Bombay plague: being a history of the progress of plague in the Bombay presidency from September 1896 to June 1899
Year: 1896
Disease focus: Plague
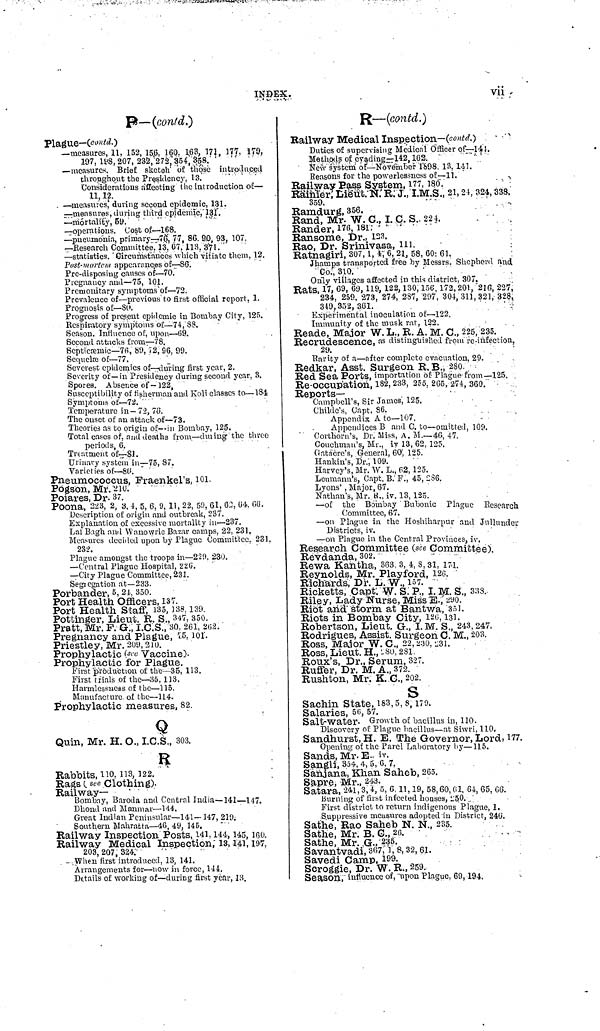
INDEX.
vii
P—(contd.)
Plague—(contd.)
—measures, 11, 152, 15.6. 160. 163, 171, 177, 179,
197, 198, 207, 232, 272, 354, 358.
—measures. Brief sketch of those introduced
throughout the Presidency, 13.
Considerations affecting the introduction of—
11, 12.
—measures, during second epidemic, 131.
—measures, during third epidemic, 131.
—mortality,
59.
—operations. Cost of—168.
—pneumonia, primary—76, 77, 86, 90, 93, 107,
—Research Committee. 13, 67, 113, 371.
—statistics. Circumstances which vitiate them, 12.
Post-mortem appearances of—86.
Pre-disposing causes of—70.
Pregnancy and—75, 101.
Premonitary symptoms of—72.
Prevalence of—previous to first official report. 1.
Prognosis of—80.
Progress of present epidemic in Bombay City, 125.
Respiratory symptoms of—74,
83.
Season. Influence of, upon—69.
Second attacks from—78.
Septicæmic—76, 89, 72, 66. 99.
Sequelæ of—77.
Severest epidemics of-during first year, 2.
Severity of—in Presidency during second year. 3.
Spores. Absence of— 122,
Susceptibility of fisherman and Koli classes to—184
Symptoms
of—72.
Temperature in—72, 78.
The onset of an attack of—73.
Theories as to origin of—in Bombay, 125.
Total cases of, and deaths from—during the three
periods, 6.
Treatment of—81.
Urinary system in—75, 87.
Varieties of—86.
Pneumococcus, Fraenkels, 101.
Pogson, Mr.
210.
Poiares, Dr. 37.
Poona, 223, 2, 3, 4, 5, 6, 9, 11, 22, 59, 61, 62, 64, 66.
Description of origin and outbreak, 237.
Explanation of excessive mortality in—237.
Lai Bagh and Wanowric Bazar camps, 22, 231,
Measures decided upon by Plague Committee, 231.
232.
Plague amongst the troops in—229. 230.
—Central Plague Hospital, 226.
—City Plague Committee, 231.
Segregation at—233.
Porbander, 5, 24, 350.
Port Health Officers, 137.
Port Health Staff, 135, 138, 139.
Pottinger, Lieut. R. S., 347, 350.
Pratt, Mr. F. G.; I.C.S., 30. 261, 262.
Pregnancy and Plague, 25, 101.
Priestley, Mr. 209, 210.
Prophylactic (see Vaccine).
Prophylactic for Plague.
First production of the—35, 113.
First trials of the—35. 113.
Harmlcssuess of the—115.
Manufacture of the—114.
Prophylactic measures, 82.
Q
Quin, Mr. H. O., I.C.S., 303.
R
Rabbits, 110, 113, 122.
Rags ( see Clothing).
Railway-
Bombay, Baroda and Central India—141—147.
Dhoud and Manmar—114.
Great Indian Peninsular—141— 147, 219.
Southern Mahratta—46, 49, 145.
Railway Inspection Posts, 141, 144, 145, 160.
Railway Medical Inspection; 13, 141, 197.
203, 207, 324:
-When first introduced, 13, 141.
Arrangements for—now in force, 144.
Details of working of—during first year, 13.
R—(contd.)
Railway Medical
Inspection—(contd.)
Duties of supervising Medical Officer of—141.
Methods of
evading—142,
162.
New system of—November 1898,13, 141.
Reasons for the powerlessness
of—11.
Railway Pass System,
177,
180.
Rainier, Lieut. N.R. J., I.M.S., 21, 21, 324, 338,
359.
Ramdurg, 356.
Rand, Mr. W. C., I. C. S.
224.
Rander,
176,
181.
Ransome, Dr., 123.
Rao, Dr. Srinivasa,
111.
Ratnagiri, 307, 1, 4, 6, 21, 58, 60, 61.
Jhamps transported free by Messrs. Shepherd and
Co.,
310.
Only villages affected in this district. 307.
Rats, 17, 69, 69, 119, 122, 130, 156, 172, 201, 216, 227,
234, 259, 273, 274, 287, 297, 304, 311, 321, 328,
349, 352,
361.
Experimental inoculation of—122.
Immunity of the musk rat, 122.
Reade, Major W. L., R. A. M. C., 225, 235.
Recrudescence, as distinguished from re-infection,
29.
Rarity of a—after complete evacuation, 29.
Redkar, Asst. Surgeon R. B., 280.
Red Sea Ports, importation of- Plague from—125.
Re-occupation, 182, 233, 255, 265, 274, 360.
Reports—
Campbell's, Sir James, 125.
Childe's, Capt. 86.
Appendix A to—107.
Appendices B and C. to—omitted, 109.
Corthorn's, Dr. Miss, A. M.—46, 47.
Couchman's, Mr., iv 13, 62, 125.
Gatacre's, General, 60, 125.
Hankin's, Dr., 109.
Harvey's, Mr. W. L., 62, 125.
Leumann's, Capt. B. F., 45, -86.
Lyons' , Major, 67.
Nathan's, Mr. R., iv. 13, 125.
—of the Bombay Bubonic Plague Research
Committee, 67.
—on Plague in the Hoshiharpur and Jullunder
Districts, iv.
—on Plague in the Central Provinces, iv.
Research Committee (see Committee)
Revdanda,
302.
Rewa Kantha, 363. 3, 4, 8, 31, 171.
Reynolds, Mr. Playford, 126.
Richards, Dr. L. W., 157.
Ricketts, Capt. W. S. P., I. M. S., 3:53.
Riley, Lady Nurse, Miss E., 290.
Riot and storm at Bantwa, 351.
Riots in Bombay City, 126, 131.
Robertson, Lieut. G., I. M. S., 243, 247.
Rodrigues, Assist. Surgeon C. M., 203.
Ross, Major W. C., 22, 230, 231.
Ross, Lieut. H., 280, 281.
Roux's, Dr., Serum, 327.
Ruffer, Dr. M. A., 372.
Rushton, Mr. K. C., 202.
S
Sachin State, 183, 5, 8, 179.
Salaries, 56, 57.
Salt-water. Growth of bacillus in, 110.
Discovery of Plague bacillus—at Siwri, 110.
Sandhurst, H. E. The Governor, Lord, 177.
Opening of the Parel Laboratory by—115.
Sands, Mr. E. iv.
Sangli, 354, 4, 5, 6, 7.
Sanjana, Khan Saheb, 265.
Sapre, Mr., 243.
Satara, 241, 3, 4, 5, 6, 11, 19, 58, 60, 61, 64, 65, 66.
Burning of first infected houses, 250.
First district to return indigenous Plague, 1.
Suppressive measures adopted in District, 246.
Sathe, Rao Saheb N. N., 235.
Sathe, Mr. B. C.,
26.
Sathe, Mr. G., 235.
Savantvadi, 367, 1, 8, 32, 61.
Savedi Camp, 199.
Scroggie, Dr. W. R., 259.
Season, influence of, upon Plague, 69, 194.